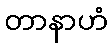
တာနာဟံ